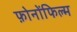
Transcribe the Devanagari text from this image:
फ़ोनोंफिल्म